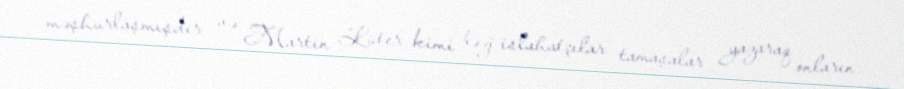
məşhurlaşmışdır və Martin Lüter kimi bəzi islahatçılar tamaşalar yazaraq onların